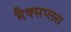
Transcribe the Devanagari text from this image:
मैक्सप्लस